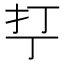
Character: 𰒾